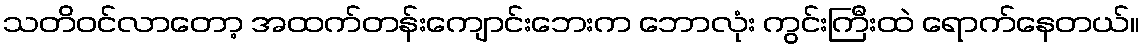
သတိဝင်လာတော့ အထက်တန်းကျောင်းဘေးက ဘောလုံး ကွင်းကြီးထဲ ရောက်နေတယ်။